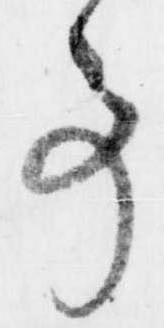
事